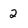
Character: 2